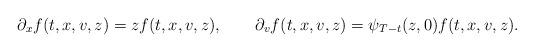
LaTeX: \begin{align*}\partial_{x} f(t,x,v,z)=zf(t,x,v,z),\qquad\partial_{v} f(t,x,v,z)=\psi_{T-t}(z,0)f(t,x,v,z) .\end{align*}